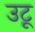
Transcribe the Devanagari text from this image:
उटू